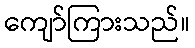
ကျော်ကြားသည်။